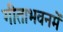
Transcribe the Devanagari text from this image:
गीताभवनमें